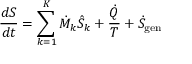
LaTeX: { \frac { d S } { d t } } = \sum _ { k = 1 } ^ { K } { \dot { M } } _ { k } { \hat { S } } _ { k } + { \frac { \dot { Q } } { T } } + { \dot { S } } _ { \mathrm { g e n } }